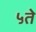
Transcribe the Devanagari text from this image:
५ते